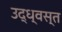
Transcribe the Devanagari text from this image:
उद्‌ध्‍वस्त